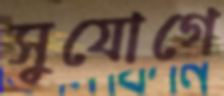
সুযোগে